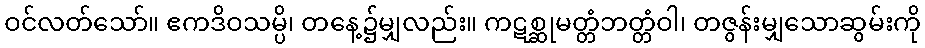
ဝင်လတ်သော်။ ဧကဒိဝသမ္ပိ၊ တနေ့၌မျှလည်း။ ကဋစ္ဆုမတ္တံဘတ္တံဝါ၊ တဇွန်းမျှသောဆွမ်းကို